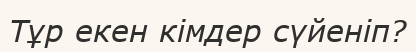
Тұр екен кімдер сүйеніп?